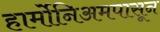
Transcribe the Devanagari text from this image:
हार्मोनिअमपासून